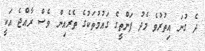
ދެ ގުނަ އިތުރުވެ މެދު ފަންތީގެ ގައުމުތަކުގެ ތެރެއިން ވެސް ރާއްޖެ އަކީ